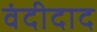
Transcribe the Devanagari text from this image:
वंदीदाद